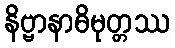
နိဗ္ဗာနာဓိမုတ္တဿ